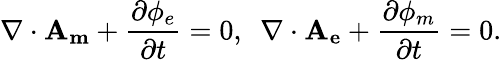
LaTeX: \nabla\cdot\mathbf{A_{m}}+\frac{\partial\phi_{e}}{\partial t}=0,~~\nabla\cdot\mathbf{A_{e}}+\frac{\partial\phi_{m}}{\partial t}=0.